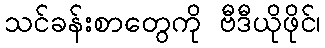
သင်ခန်းစာတွေကို ဗီဒီယိုဖိုင်၊